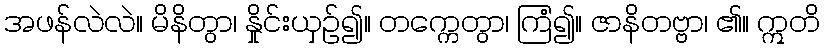
အဖန်လဲလဲ။ မိနိတွာ၊ နှိုင်းယှဉ်၍။ တက္ကေတွာ၊ ကြံ၍။ ဇာနိတဗ္ဗာ၊ ၏။ ဣတိ